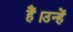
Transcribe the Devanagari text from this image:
हैं।उन्हें